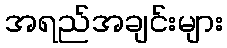
အရည်အချင်းများ